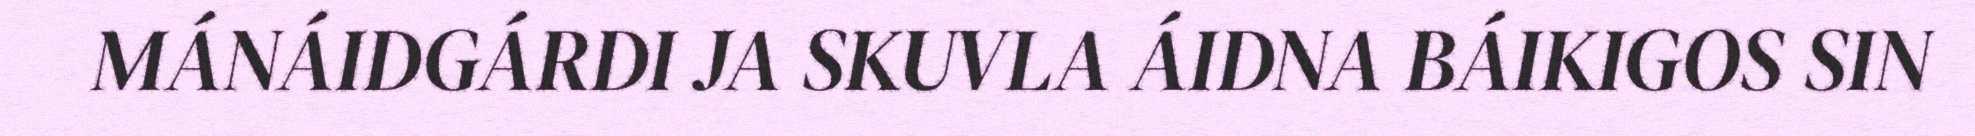
MÁNÁIDGÁRDI JA SKUVLA ÁIDNA BÁIKIGOS SIN